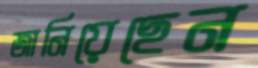
জানিয়েছেন